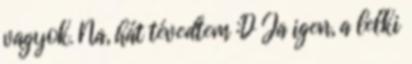
vagyok. Na, hát tévedtem :D Ja igen, a lelki